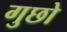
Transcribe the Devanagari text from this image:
गुछो